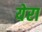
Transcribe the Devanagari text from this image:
येरा